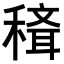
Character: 𥡒